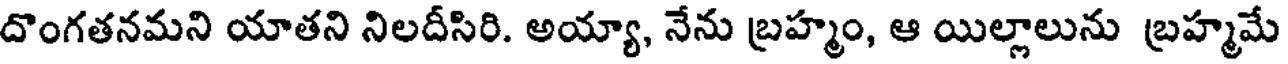
దొంగతనమని యాతని నిలదీసిరి. అయ్యా, నేను బ్రహ్మం, ఆ యిల్లాలును బ్రహ్మమే